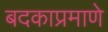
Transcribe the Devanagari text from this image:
बदकाप्रमाणे